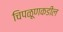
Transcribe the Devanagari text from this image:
चिपळूणकडील